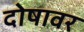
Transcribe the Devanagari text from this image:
दोषावर